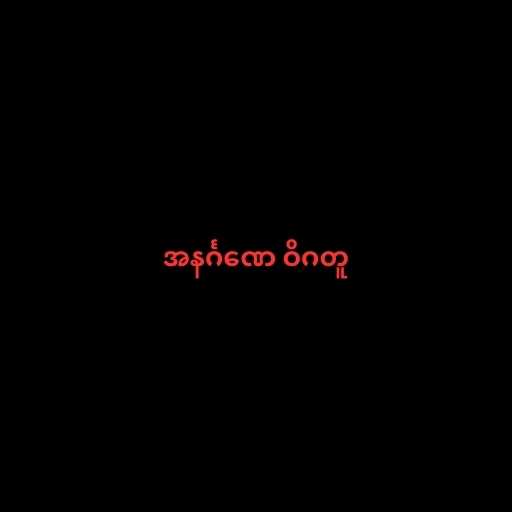
အနင်္ဂဏေ ဝိဂတူ